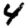
Digit: 4